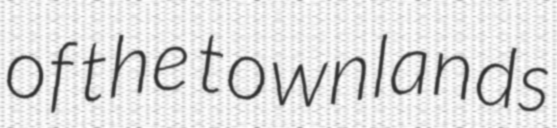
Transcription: of the townlands